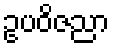
ဥပဝိဇညာ